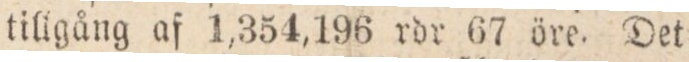
tillgång af 1,354,196 rdr 67 öre. Det